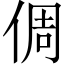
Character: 倜